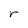
Character: r